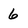
Character: 6